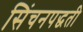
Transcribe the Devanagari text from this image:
सिंचनपद्धती